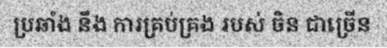
ប្រឆាំង នឹង ការគ្រប់គ្រង របស់ ចិន ជាច្រើន